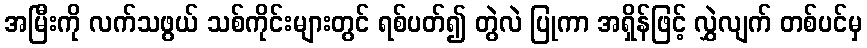
အမြီးကို လက်သဖွယ် သစ်ကိုင်းများတွင် ရစ်ပတ်၍ တွဲလဲ ပြုကာ အရှိန်ဖြင့် လွှဲလျက် တစ်ပင်မှ